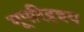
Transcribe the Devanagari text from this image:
भूपरिदृश्य